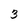
Character: 3